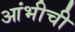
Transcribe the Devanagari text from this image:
आंभीची